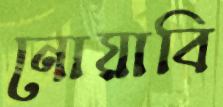
নোয়াবি